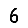
Digit: 6